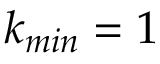
k _ { m i n } = 1